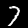
Label: 7